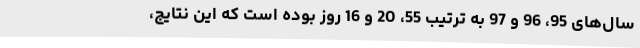
سال‌های 95، 96 و 97 به ترتیب 55، 20 و 16 روز بوده است که این نتایج،